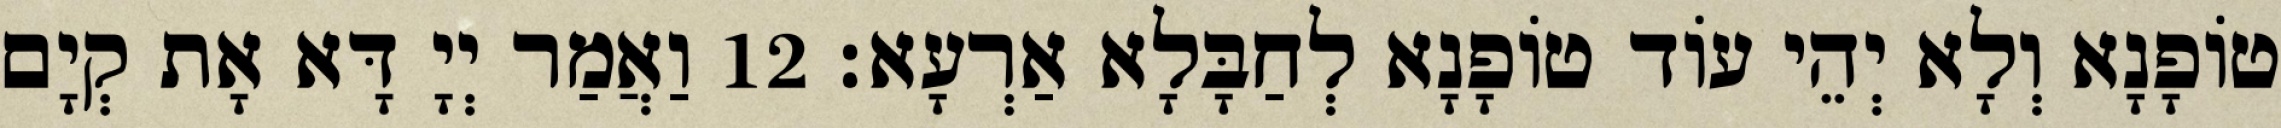
טוֹפָנָא וְלָא יְהֵי עוֹד טוֹפָנָא לְחַבָּלָא אַרְעָא׃ 12 וַאֲמַר יְיָ דָּא אָת קְיָם